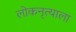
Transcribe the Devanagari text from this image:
लोकनृत्याला